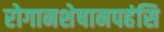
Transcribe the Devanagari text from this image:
रोगानशेषानपहंसि